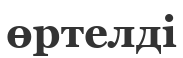
өртелді